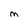
Character: M